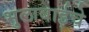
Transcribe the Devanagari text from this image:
भुलाबाईचे